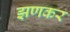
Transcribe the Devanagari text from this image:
झणकर